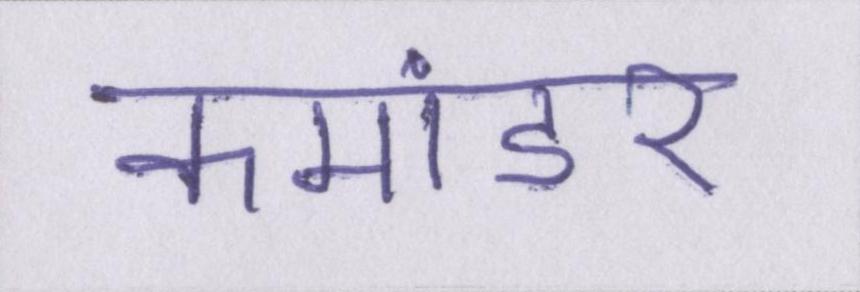
कमांडर